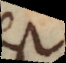
est